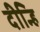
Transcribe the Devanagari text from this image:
दीन्हि